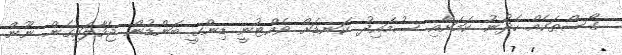
ގޯސްތަކެއް ހެދުނު ކަމަށާއި ސުމައިދު ކަނޑަށް ވެއްޓުނީ ޑިންގީ ބަންޑުން ޖަހާލައިގެން ނޫން